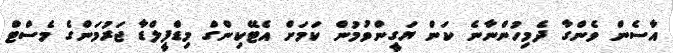
އާސެން ވެންގާ ދެމިހުންނާނެ ކަން ޔަގީންވުމުން ކަމަށް އެޓޭކިންގް މިޑްފީލްޑާ ޖަރުމަންގެ މެސްޓް